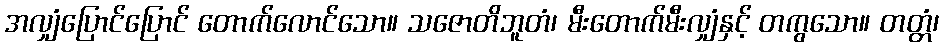
အလျှံပြောင်ပြောင် တောက်လောင်သော။ သဇောတိဘူတံ၊ မီးတောက်မီးလျှံနှင့် တကွသော။ တတ္တံ၊